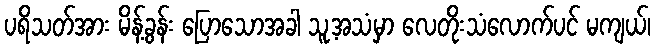
ပရိသတ်အား မိန့်ခွန်း ပြောသောအခါ သူ့အသံမှာ လေတိုးသံလောက်ပင် မကျယ်၊